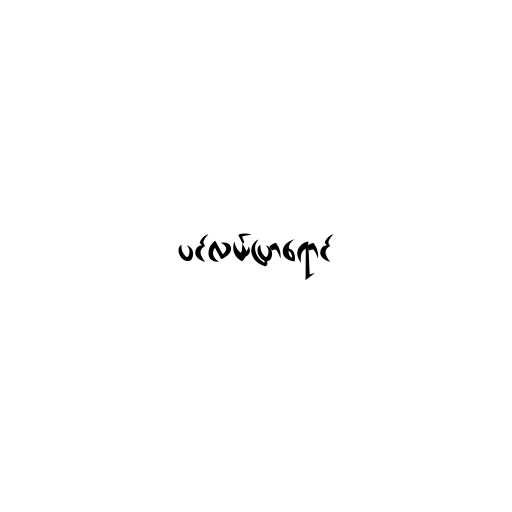
ပင်လယ်ပြာရောင်